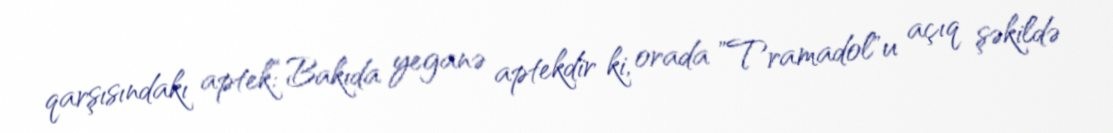
qarşısındakı aptek:“Bakıda yeganə aptekdir ki, orada ”Tramadol"u açıq şəkildə